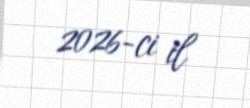
2026-ci il